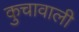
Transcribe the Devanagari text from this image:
कुचावाली